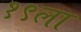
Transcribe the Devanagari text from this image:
१९ला